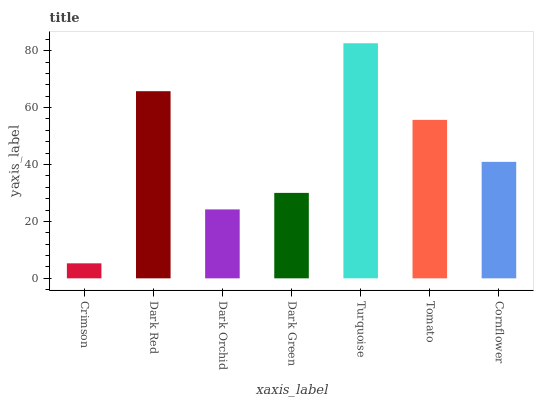
| xaxis_label | bars |
 | --- | --- |
 | Crimson | 5.28 |
 | Dark Red | 65.8 |
 | Dark Orchid | 24.2 |
 | Dark Green | 30 |
 | Turquoise | 82.6 |
 | Tomato | 55.7 |
 | Cornflower | 40.9 |